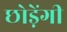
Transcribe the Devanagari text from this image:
छोड़ेंगी